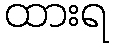
ထားရ